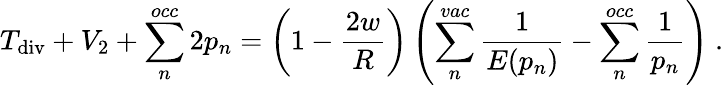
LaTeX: T_{\mathrm{div}}+V_{2}+\sum_{n}^{occ}2p_{n}=\left(1-\frac{2w}{R}\right)\left(\sum_{n}^{vac}\frac{1}{E(p_{n})}-\sum_{n}^{occ}\frac{1}{p_{n}}\right)\ .